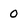
Character: 0